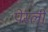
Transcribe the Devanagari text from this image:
पेस्ली